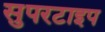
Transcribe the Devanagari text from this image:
सुपरटाइप